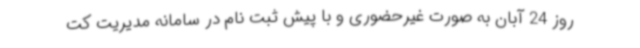
روز 24 آبان به صورت غیرحضوری و با پیش ثبت نام در سامانه مدیریت کت